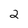
Character: 2